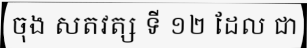
ចុង សតវត្ស ទី ១២ ដែល ជា